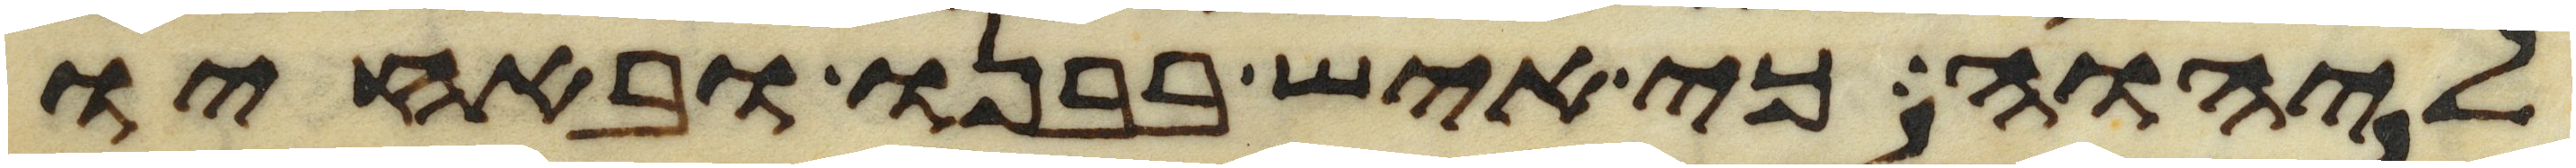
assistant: ליהוה כי איש בבנו ובאחיו